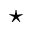
\star